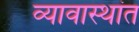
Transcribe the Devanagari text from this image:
व्यावास्थांत